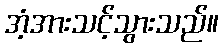
အံ့အားသင့်သွားသည်။